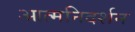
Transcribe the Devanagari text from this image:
आत्मनिदर्शन